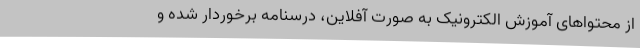
از محتواهای آموزش الکترونیک به صورت آفلاین، درسنامه برخوردار شده و